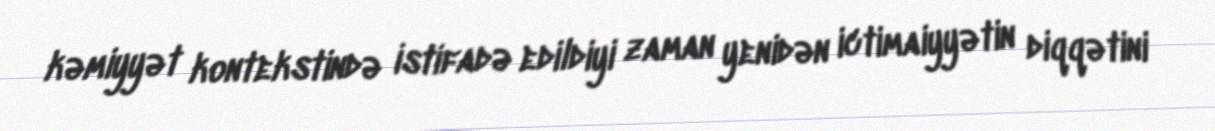
kəmiyyət kontekstində istifadə edildiyi zaman yenidən ictimaiyyətin diqqətini